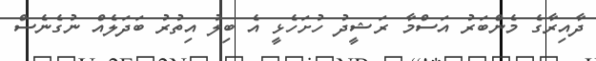
ދާއިރާގެ މެންބަރު އަސްމާ ރަޝީދު ހުށަހެޅީ އެ ބިލު އިތުރު ބަދަލެއް ނުގެނެސް